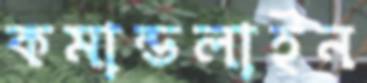
কমান্ডলাইন